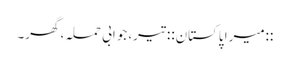
::میرا پاکستان:: تیر، جوابی حملہ، گھر۔